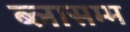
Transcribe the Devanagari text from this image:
ब्लासम्म